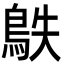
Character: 䳀